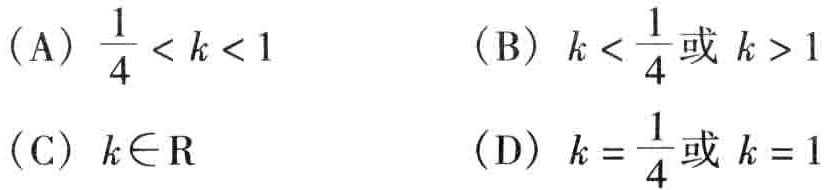
(A) \(\frac{1}{4} < k < 1\)
(B) \(k < \frac{1}{4}\)或\(k > 1\)
(C) \(k\in\mathrm{R}\)
(D) \(k = \frac{1}{4}\)或\(k = 1\)